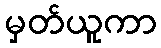
မှတ်ယူကာ